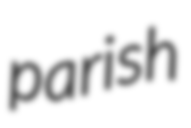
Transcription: parish